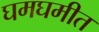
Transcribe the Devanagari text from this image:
घमघमीत